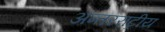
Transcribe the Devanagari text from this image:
अन्तरराट्रीय